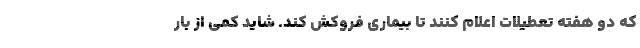
که دو هفته تعطیلات اعلام کنند تا بیماری فروکش کند. شاید کمی از بار